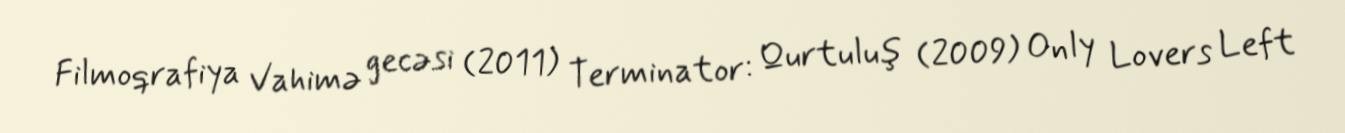
Filmoqrafiya Vahimə gecəsi (2011) Terminator: Qurtuluş (2009) Only Lovers Left